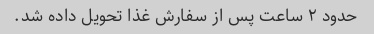
حدود ۲ ساعت پس از سفارش غذا تحویل داده شد.